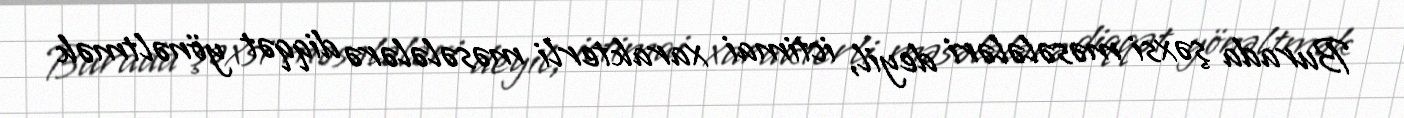
Burada şəxsi məsələləri deyil, ictimai xarakterli məsələlərə diqqət yönəltmək